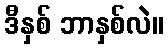
ဒီနှစ် ဘာနှစ်လဲ။